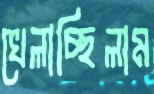
খেলাচ্ছিলাম